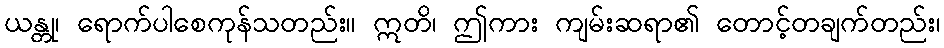
ယန္တု၊ ရောက်ပါစေကုန်သတည်း။ ဣတိ၊ ဤကား ကျမ်းဆရာ၏ တောင့်တချက်တည်း၊